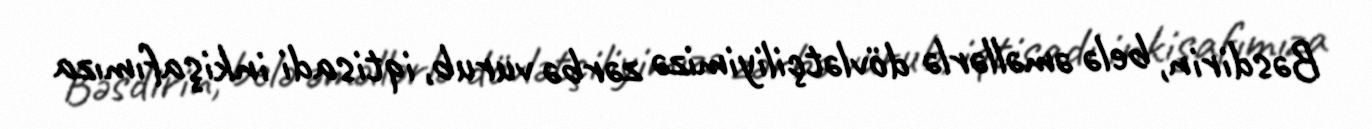
Bəsdirin, belə əməllərlə dövlətçiliyimizə zərbə vurub, iqtisadi inkişafımıza